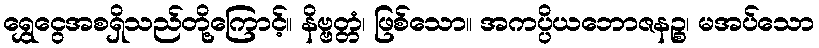
ရွှေငွေအစရှိသည်တို့ကြောင့်။ နိဗ္ဗတ္တံ၊ ဖြစ်သော။ အကပ္ပိယဘောဇနဉ္စ၊ မအပ်သော